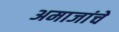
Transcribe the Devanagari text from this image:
अमाजांचे